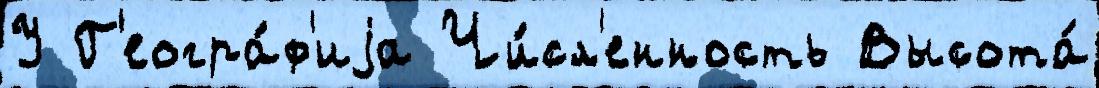
У Г'еогра́ф'иjа Чи́сл'енность Высота́